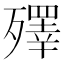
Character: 殬